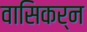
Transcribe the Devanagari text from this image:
वासिकर्न